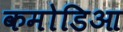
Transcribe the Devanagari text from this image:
कमोडिआ